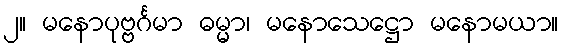
၂။ မနောပုဗ္ဗင်္ဂမာ ဓမ္မာ၊ မနောသေဋ္ဌော မနောမယာ။